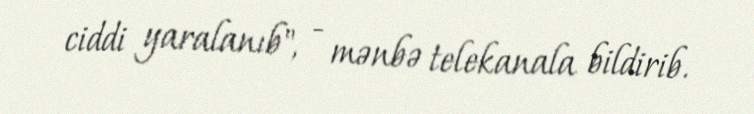
ciddi yaralanıb", - mənbə telekanala bildirib.